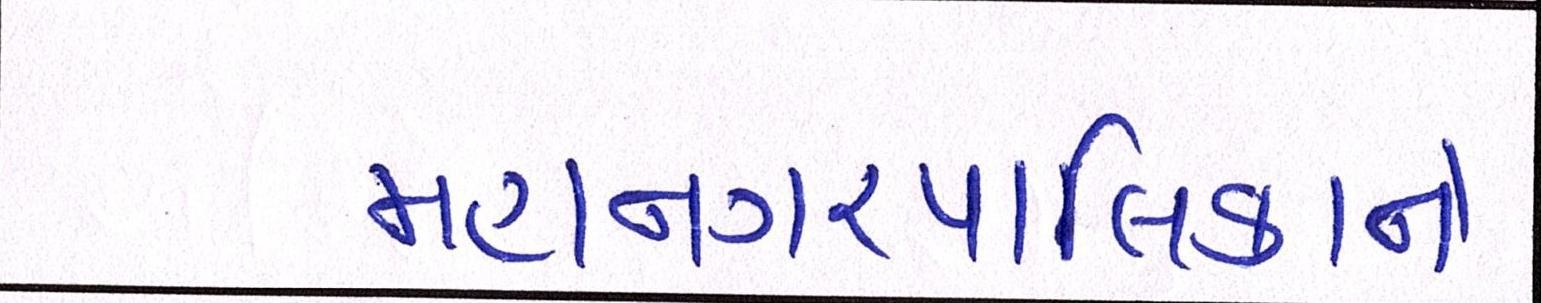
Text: મહાનગરપાલિકાને